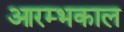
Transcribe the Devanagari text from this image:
आरम्भकाल